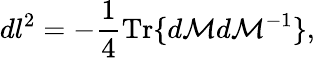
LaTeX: dl^{2}=-\frac{1}{4}\mathrm{Tr}\{ d{\cal M}d{\cal M}^{-1}\} ,